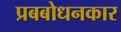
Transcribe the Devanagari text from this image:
प्रबबोधनकार